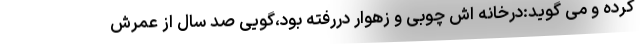
کرده و می گوید:درخانه اش چوبی و زهوار دررفته بود،گویی صد سال از عمرش